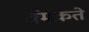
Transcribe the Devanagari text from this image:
चंमकते